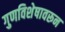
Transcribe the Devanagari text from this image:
गुणविशेषावरून